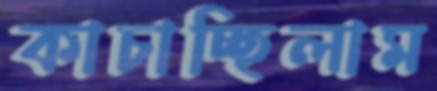
কাচাচ্ছিলাম